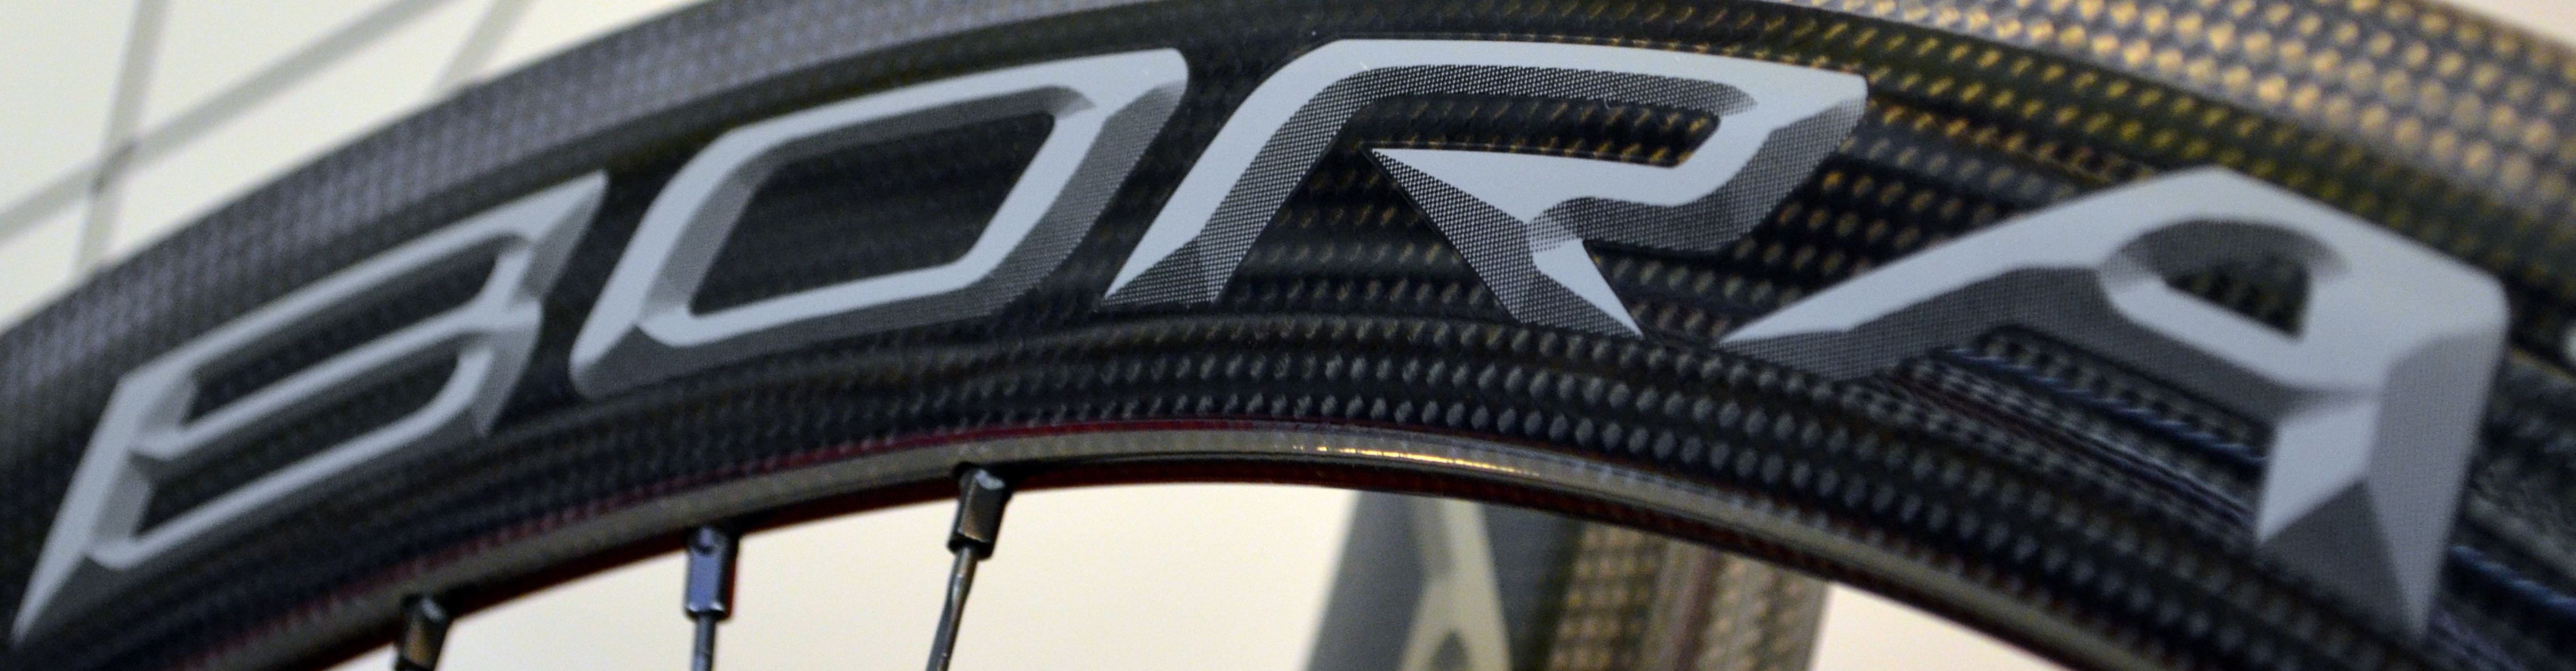
BORA